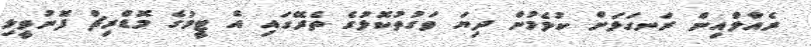
ރެއާލްއިން ރަނގަޅަށް ކުޅެމުން ދިޔަ ވަގުތުކޮޅުގެ ތެރޭގައި އެ ޓީމުގެ މޮޑްރިޗް ފޮނުވީލި